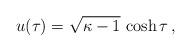
LaTeX: \begin{align*}u(\tau) = \sqrt{\kappa-1}\,\cosh\tau \,,\end{align*}